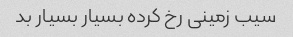
سیب زمینی رخ کرده بسیار بسیار بد